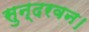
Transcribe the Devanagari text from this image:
सुन्दरवन।